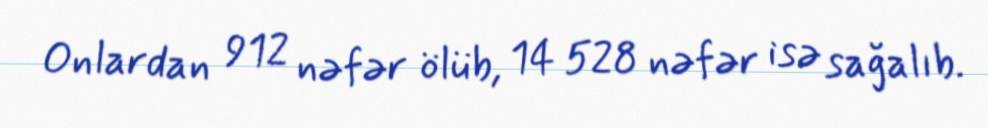
Onlardan 912 nəfər ölüb, 14 528 nəfər isə sağalıb.